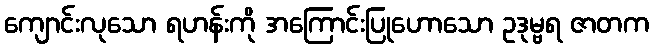
ကျောင်းလုသော ရဟန်းကို အကြောင်းပြုဟောသော ဥဒုမ္ဗရ ဇာတက